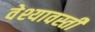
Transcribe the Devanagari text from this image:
वेश्यावस्ती